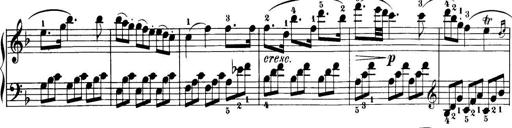
Title: 32 Sonatinas and Rondos for the Piano
Composer: Richard Kleinmichel